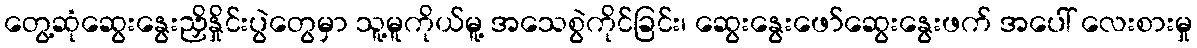
တွေ့ဆုံဆွေးနွေးညှိနှိုင်းပွဲတွေမှာ သူ့မူကိုယ်မူ့ အသေစွဲကိုင်ခြင်း၊ ဆွေးနွေးဖော်ဆွေးနွေးဖက် အပေါ် လေးစားမှု